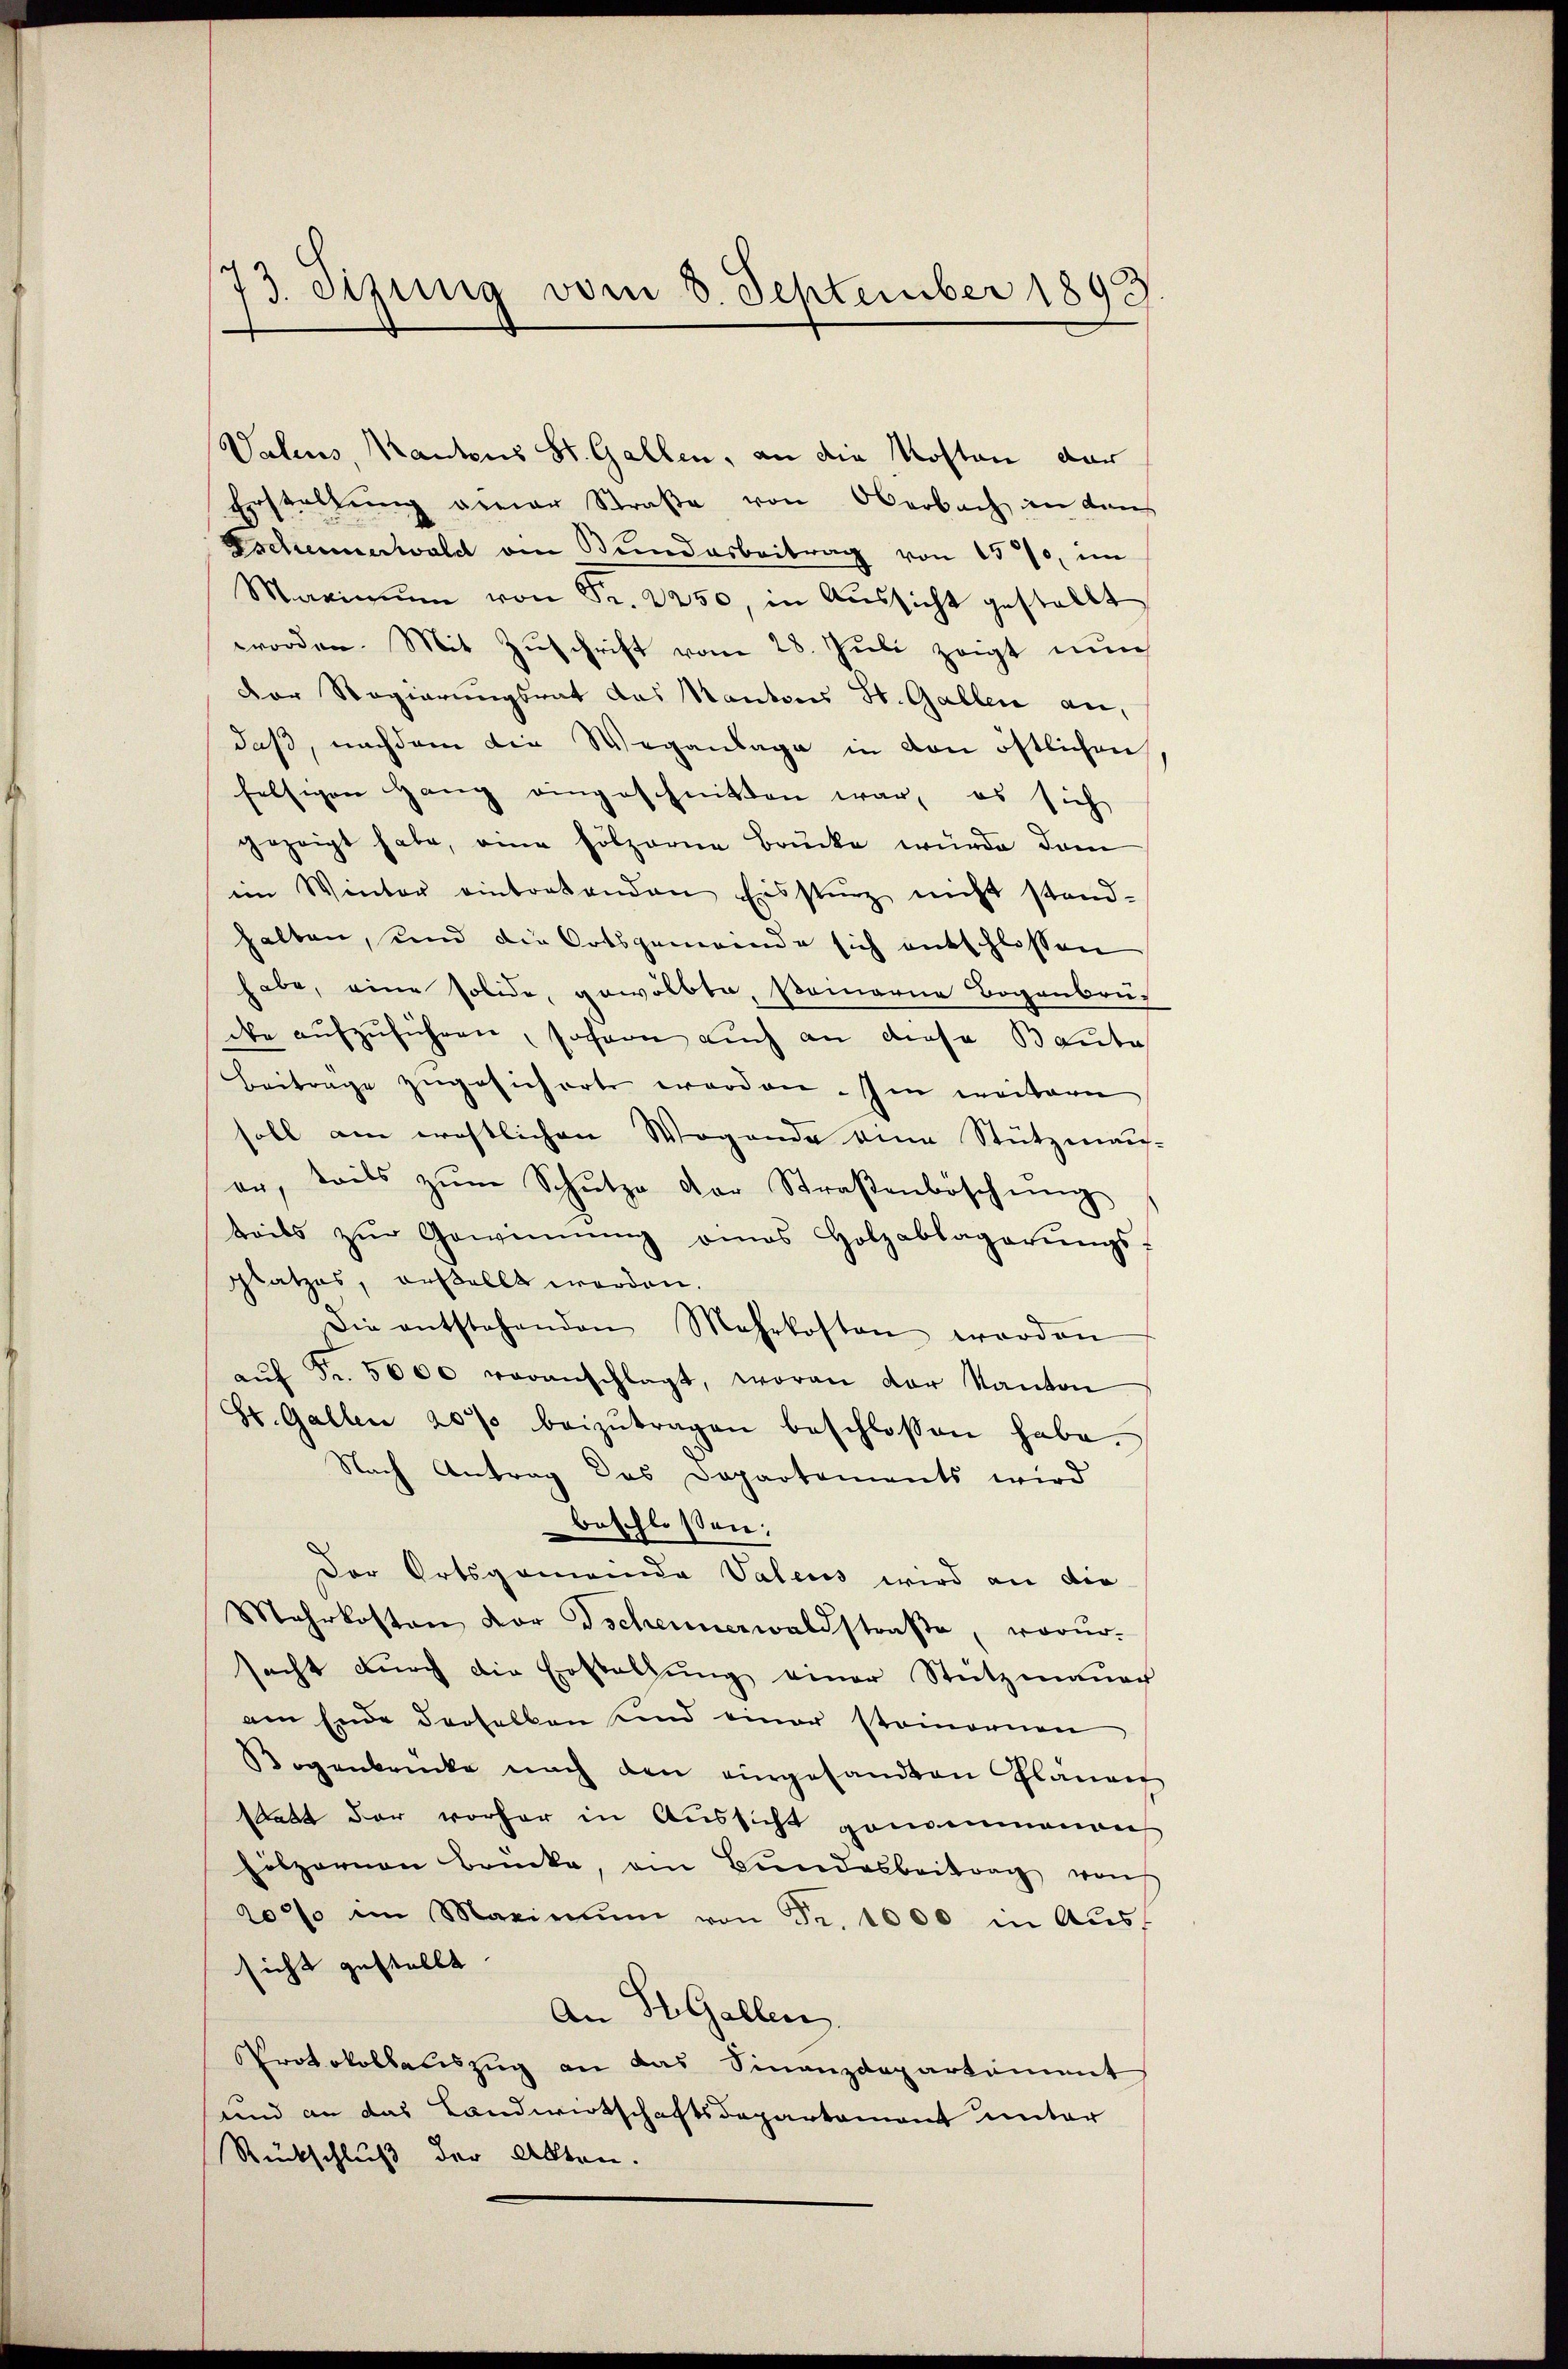
73. Sipina vom 8. September 1893.

Valens, Kantons St. Gallen, an die Kosten dar
Erstellung einer Straße von Oberbach in dans
Escheunerwald am Bundarbeitrag von 1570, im
Marin von Sr. 2250, in Aussicht gestellt
worden. Mit Zuschrift vom 28. Juli zeigt nun
Der Regierungsrat das Kantons St. Gallen an,
daß, nachdem die Weganlage in den östlichen
felsigen Hang eingeschnitten war, es sich
gezeigt habe, eine hölzerne Brücke würde dam
im Winter eintretenden Eisstenz nicht stand-
halten, und die Ortsgemeinde sich entschlossen
habe, eine solide, gewölbte, Pomaria Bogenbrü-
de aŭfzŭführen, sofern auch an diese Baute
Beitrage zŭgesichert worden. Im weitere
soll am ernstlichen Wegende von Stützmans-
er, teils zŭm Schŭtze der Straßenböschŭng
teils zŭr Gewinnung eines Holzablagerŭngs-
Platzes, erstellt werden.
Die entstehenden Mehrkosten worden
aŭf Fr. 5000 veranschlagt, woran der Kanton
St. Gallen 20% beizŭtragen beschlossen habe.
Nach Antrag des Departements wird
beschlossen:
Der Ortsgemeinde Valens wird an die
Mehrkosten vor Tscheunerwaldstraβe, vorur-
sacht durch die Erstellŭng einer Stützmauer
am Ende derselben sind einer stomornen
Bogenbrücke nach den eingesandten Plänen
statt der vorher in Aussicht genommenen
hilzornen Brücke, an Bŭndesbeitrag von
200% in Maximŭm von Fr. 1000 in Aŭs-
sicht gestellt. |
An St. Gallen.
Protokollauszug an das Finanzdepartement
und an das Landwirtschaftsdepartement unter
Rückschluß der Akten.